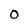
Character: O